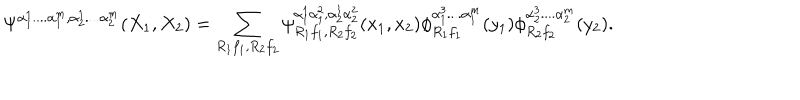
LaTeX: \Psi ^ { \alpha _ { 1 } ^ { 1 } . . . . \alpha _ { 1 } ^ { m } , \alpha _ { 2 } ^ { 1 } . . . . \alpha _ { 2 } ^ { m } } ( X _ { 1 } , X _ { 2 } ) = \sum _ { R _ { 1 } f _ { 1 } , R _ { 2 } f _ { 2 } } \psi _ { R _ { 1 } f _ { 1 } , R _ { 2 } f _ { 2 } } ^ { \alpha _ { 1 } ^ { 1 } \alpha _ { 1 } ^ { 2 } , \alpha _ { 2 } ^ { 1 } \alpha _ { 2 } ^ { 2 } } ( x _ { 1 } , x _ { 2 } ) \phi _ { R _ { 1 } f _ { 1 } } ^ { \alpha _ { 1 } ^ { 3 } . . . . \alpha _ { 1 } ^ { m } } ( y _ { 1 } ) \phi _ { R _ { 2 } f _ { 2 } } ^ { \alpha _ { 2 } ^ { 3 } . . . . \alpha _ { 2 } ^ { m } } ( y _ { 2 } ) .